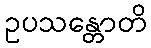
ဥပသန္တောတိ